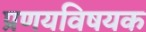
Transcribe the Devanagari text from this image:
प्रणयविषयक